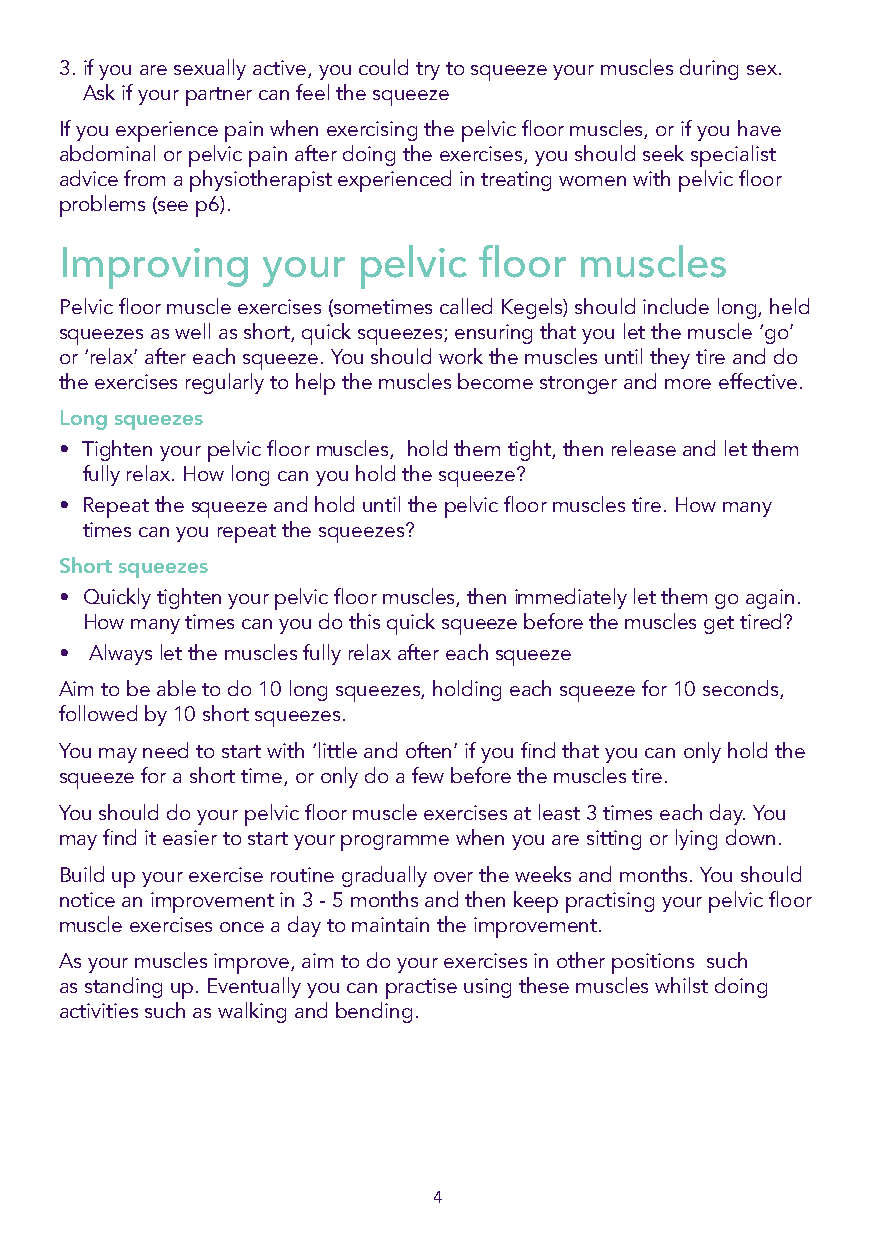
3. if you are sexually active, you could try to squeeze your muscles during sex.
 Ask if your partner can feel the squeeze
 If you experience pain when exercising the pelvic floor muscles, or if you have
 abdominal or pelvic pain after doing the exercises, you should seek specialist
 advice from a physiotherapist experienced in treating women with pelvic floor
 problems (see p6).
 Improving    your   pelvic  floor muscles
 Pelvic floor muscle exercises (sometimes called Kegels) should include long, held
 squeezes as well as short, quick squeezes; ensuring that you let the muscle ‘go’
 or ‘relax’ after each squeeze. You should work the muscles until they tire and do
 the exercises regularly to help the muscles become stronger and more effective.
 Long squeezes
 • Tighten your pelvic floor muscles, hold them tight, then release and let them
 fully relax. How long can you hold the squeeze?
 • Repeat the squeeze and hold until the pelvic floor muscles tire. How many
 times can you repeat the squeezes?
 Short squeezes
 • Quickly tighten your pelvic floor muscles, then immediately let them go again.
 How many times can you do this quick squeeze before the muscles get tired?
 • Always let the muscles fully relax after each squeeze
 Aim to be able to do 10 long squeezes, holding each squeeze for 10 seconds,
 followed by 10 short squeezes.
 You may need to start with ‘little and often’ if you find that you can only hold the
 squeeze for a short time, or only do a few before the muscles tire.
 You should do your pelvic floor muscle exercises at least 3 times each day. You
 may find it easier to start your programme when you are sitting or lying down.
 Build up your exercise routine gradually over the weeks and months. You should
 notice an improvement in 3 - 5 months and then keep practising your pelvic floor
 muscle exercises once a day to maintain the improvement.
 As your muscles improve, aim to do your exercises in other positions such
 as standing up. Eventually you can practise using these muscles whilst doing
 activities such as walking and bending.
 4